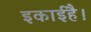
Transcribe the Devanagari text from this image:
इकाईहै।